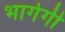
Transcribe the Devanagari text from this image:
भागेगी